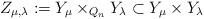
LaTeX: \begin{align*}Z_{\mu,\lambda}:=Y_\mu\times_{Q_n} Y_\lambda\subset Y_\mu\times Y_\lambda\end{align*}